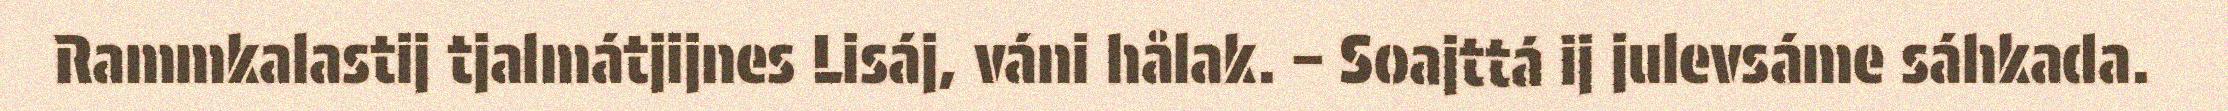
Rammkalastij tjalmátjijnes Lisáj, váni hålak. – Soajttá ij julevsáme sáhkada.